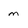
Character: m